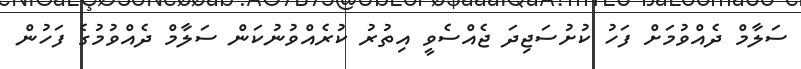
ސަލާމް ދެއްވުމަށް ފަހު ކުށުސަޖިދަ ޖެއްސެވީ އިތުރު ކުރެއްވުނުކަން ސަލާމް ދެއްވުމުގެ ފަހުން